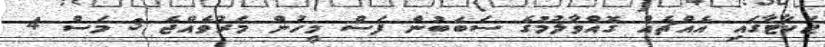
ޖަކާޓާގައި އެއްޗެއް ގޮއްވާލުމުގެ ސަބަބުން ފަސް މީހުން މަރުވެއްޖެ 3 މަސް 4